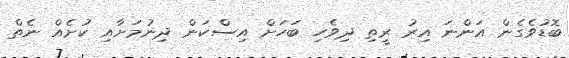
ބޮޑުވެގެން އަންނަ އިރު ރީތި ދިވެހި ބަހަށް އިސްކަން ދިނުމަށާއި ކުށެއް ނެތް